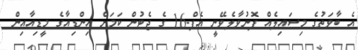
އެ ބާވަތުގެ މިސައިލެއް ފޮނުވާލެވޭނީ އެފް-16 ގެ ޖެޓުން ކަމަށް އިންޑިއާގެ މީޑިއާއިން